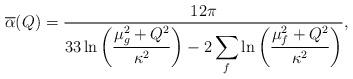
LaTeX: \begin{align*}\overline \alpha(Q) = {12\pi\over \displaystyle 33 \ln{\bigg({\mu^2_g+Q^2\over\kappa^2}\bigg)} - 2\sum_f \ln{\bigg({\mu^2_f +Q^2\over\kappa^2}\bigg)} },\end{align*}